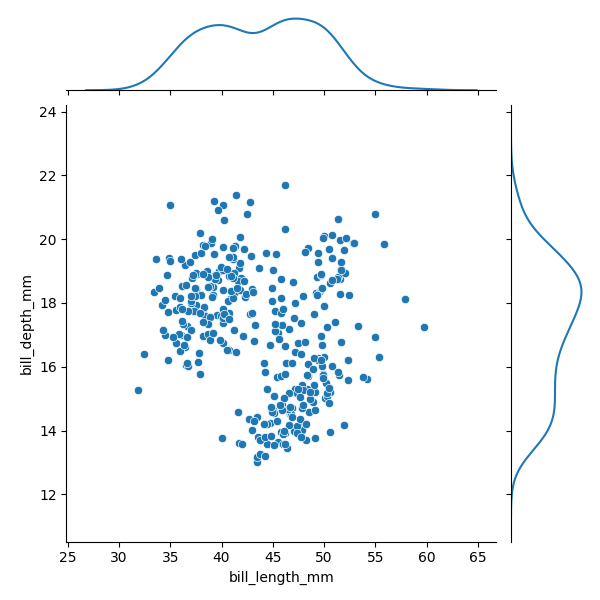
python, seaborn, JointGrid, scatterplot, kdeplot